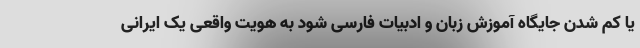
یا کم شدن جایگاه آموزش زبان و ادبیات فارسی شود به هویت واقعی یک ایرانی